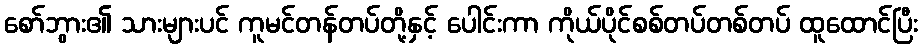
စော်ဘွား၏ သားများပင် ကူမင်တန်တပ်တို့နှင့် ပေါင်းကာ ကိုယ်ပိုင်စစ်တပ်တစ်တပ် ထူထောင်ပြီး